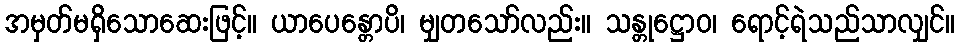
အမှတ်မရှိသောဆေးဖြင့်။ ယာပေန္တောပိ၊ မျှတသော်လည်း။ သန္တုဋ္ဌောဝ၊ ရောင့်ရဲသည်သာလျှင်။